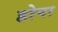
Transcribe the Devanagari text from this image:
होपा